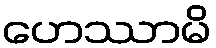
ဟေဿာမိ